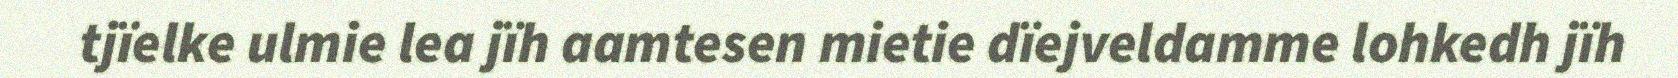
tjïelke ulmie lea jïh aamtesen mietie dïejveldamme lohkedh jïh